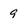
Character: 9